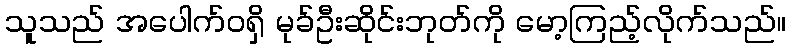
သူသည် အပေါက်ဝရှိ မုခ်ဦးဆိုင်းဘုတ်ကို မော့ကြည့်လိုက်သည်။